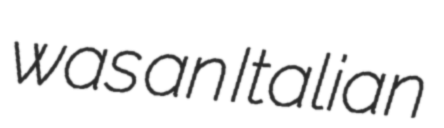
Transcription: was an Italian